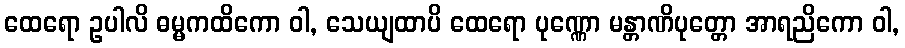
ထေရော ဥပါလိ ဓမ္မကထိကော ဝါ, သေယျထာပိ ထေရော ပုဏ္ဏော မန္တာဏိပုတ္တော အာရညိကော ဝါ,